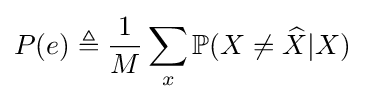
P(e)\triangleq {\frac {1}{M}}\sum _{x}\mathbb {P} (X\neq {\widehat {X}}|X)